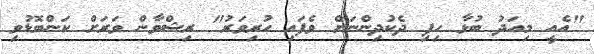
"އެއީ މިއަދު ބުޅާ ހިފި ދެކުދިންނަށް ވެފައި ހުރިވަރު" ރިޝްވާން ވަރަށް ކަންބޮޑުވި